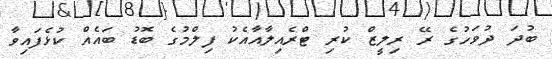
ބުދަ ދުވަހުގެ ރޭ ރިލީޒް ކުރި ޓްރެއިލާއާއެކު ފިލްމުގެ ބޮޑު ބައެއް ކުޅެފައިވާ